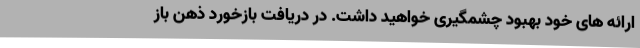
ارائه های خود بهبود چشمگیری خواهید داشت. در دریافت بازخورد ذهن باز